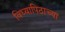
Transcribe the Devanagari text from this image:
विध्यापिठाच्या